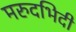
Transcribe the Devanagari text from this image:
मरुदभिदी